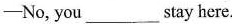
——No, you___stay here.